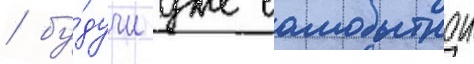
/ бу́дучи уже самобытнои